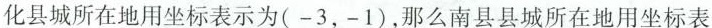
化县城所在地用坐标表示为(-3，-1)，那么南县县城所在地用坐标表